Indian journal of veterinary science and animal husbandry - Volumes 28-29, 1958-1959
Year: 1958
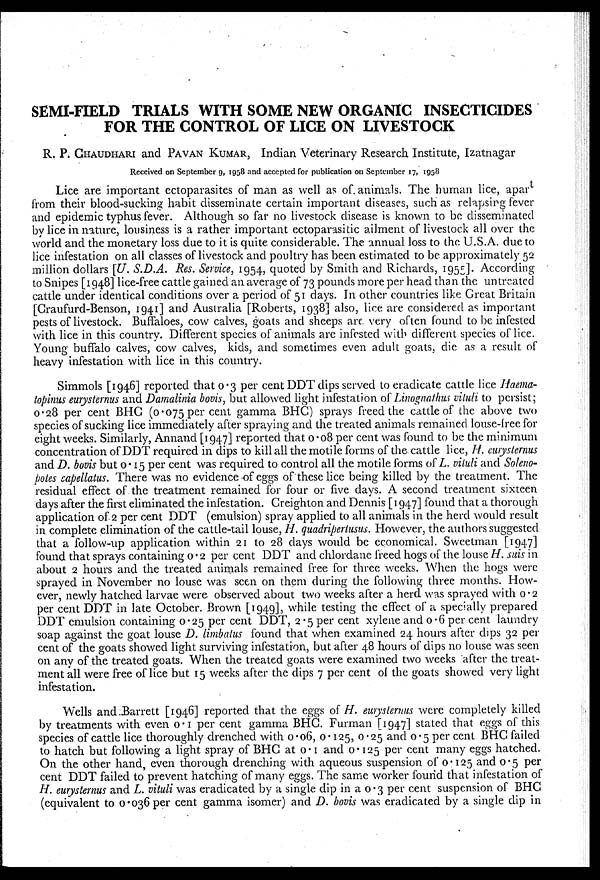
SEMI-FIELD TRIALS WITH SOME NEW ORGANIC INSECTICIDES
FOR THE CONTROL OF LICE ON LIVESTOCK
R. P. CHAUDHARI and PAVAN KUMAR, Indian Veterinary Research Institute, Izatnagar
Received on September 9, 1958 and accepted for publication on September 17, 1958
Lice are important ectoparasites of man as well as of animals. The human lice, apart
from their blood-sucking habit disseminate certain important diseases, such as relapsing fever
and epidemic typhus fever. Although so far no livestock disease is known to be disseminated
by lice in nature, lousiness is a rather important ectoparasitic ailment of livestock all over the
world and the monetary loss due to it is quite considerable. The annual loss to the U.S.A. due to
lice infestation on all classes of livestock and poultry has been estimated to be approximately 52
million dollars [U. S.D.A. Res. Service, 1954, quoted by Smith and Richards, 1955]. According
to Snipes [1948] lice-free cattle gained an average of 73 pounds more per head than the untreated
cattle under identical conditions over a period of 51 days. In other countries like Great Britain
[Craufurd-Benson, 1941] and Australia [Roberts, 1938] also, lice are considered as important
pests of livestock. Buffaloes, cow calves, goats and sheeps are very often found to be infested
with lice in this country. Different species of animals are infested with different species of lice.
Young buffalo calves, cow calves, kids, and sometimes even adult goats, die as a result of
heavy infestation with lice in this country.
Simmols [1946] reported that 0.3 per cent DDT dips served to eradicate cattle lice Haema-
topinus eurysternus and Damalinia bovis, but allowed light infestation of Linognathus vituli to persist;
0.28 per cent BHC (0.075 per cent gamma BHC) sprays freed the cattle of the above two
species of sucking lice immediately after spraying and the treated animals remained louse-free for
eight weeks. Similarly, Annand [1947] reported that 0.08 per cent was found to be the minimum
concentration of DDT required in dips to kill all the motile forms of the cattle lice, H. eurysternus
and D. bovis but 0.15 per cent was required to control all the motile forms of L. vituli and Soleno-
potes capellatus. There was no evidence of eggs of these lice being killed by the treatment. The
residual effect of the treatment remained for four or five days. A second treatment sixteen
days after the first eliminated the infestation. Creighton and Dennis [1947] found that a thorough
application of 2 per cent DDT (emulsion) spray applied to all animals in the herd would result
in complete elimination of the cattle-tail louse, H. quadripertusus. However, the authors suggested
that a follow-up application within 21 to 28 days would be economical. Sweetman [1947]
found that sprays containing 0.2 per cent DDT and chlordane freed hogs of the louse H. suis in
about 2 hours and the treated animals remained free for three weeks. When the hogs were
sprayed in November no louse was seen on them during the following three months. How-
ever, newly hatched larvae were observed about two weeks after a herd was sprayed with 0.2
per cent DDT in late October. Brown [1949], while testing the effect of a specially prepared
DDT emulsion containing 0.25 per cent DDT, 2.5 per cent xylene and 0.6 per cent laundry
soap against the goat louse D. limbatus found that when examined 24 hours after dips 32 per
cent of the goats showed light surviving infestation, but after 48 hours of dips no louse was seen
on any of the treated goats. When the treated goats were examined two weeks after the treat-
ment all were free of lice but 15 weeks after the dips 7 per cent of the goats showed very light
infestation.
Wells and Barrett [1946] reported that the eggs of H. eurysternus were completely killed
by treatments with even 0.1 per cent gamma BHC. Furman [1947] stated that eggs of this
species of cattle lice thoroughly drenched with 0.06, 0.125, 0.25 and 0.5 per cent BHC failed
to hatch but following a light spray of BHC at 0.1 and 0.125 per cent many eggs hatched.
On the other hand, even thorough drenching with aqueous suspension of 0.125 and 0.5 per
cent DDT failed to prevent hatching of many eggs. The same worker found that infestation of
H. eurysternus and L. vituli was eradicated by a single dip in a 0.3 per cent suspension of BHC
(equivalent to 0.036 per cent gamma isomer) and D. bovis was eradicated by a single dip in